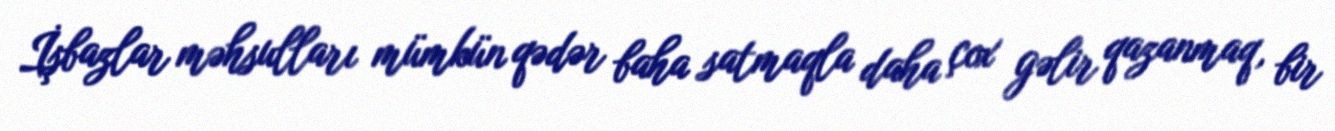
İşbazlar məhsulları mümkün qədər baha satmaqla daha çox gəlir qazanmaq, bir